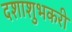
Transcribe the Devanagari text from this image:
दशाशुभकरी